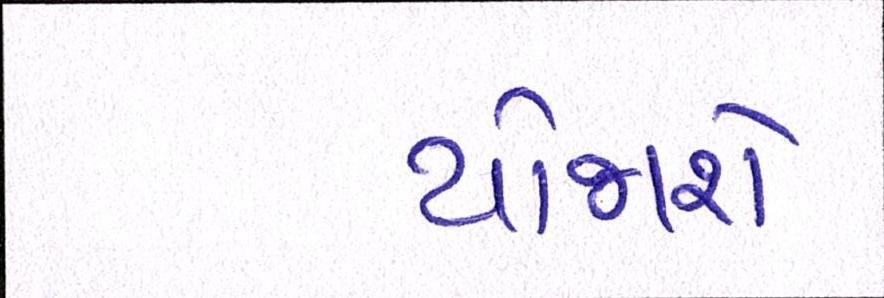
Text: યોજાશે